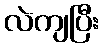
လဲကျပြီး